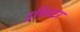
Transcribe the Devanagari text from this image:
ट्रविस्टर